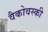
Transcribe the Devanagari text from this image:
वैकोवस्की